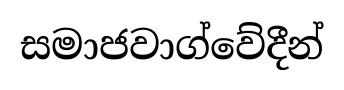
සමාජවාග්වේදීන්